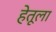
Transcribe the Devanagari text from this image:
हेतूला